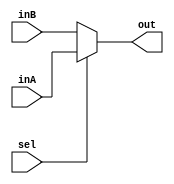
`timescale 1ns / 1ps

////////////////////////////////////////////////////////////////////////////////
// Last Edits: Nirmal Kumbhare, Ali Akoglu
// 
// Module - Mux5Bit2To1.v
// Description - Use the sel input signal to choose which 5-bit inputs should be at the output
//              - sel = 1, out = inA
//              - sel = 0, out = inB
////////////////////////////////////////////////////////////////////////////////

module Mux5Bit2To1(out, inA, inB, sel);

    output reg [4:0] out;
    
    input [4:0] inA;
    input [4:0] inB;
    input sel;

    always @(sel, inA, inB) begin
        if (sel == 0) begin
            out <= inB;
        end else begin
            out <= inA;
        end
    end

endmodule